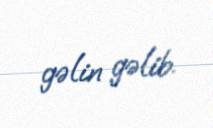
gəlin gəlib.